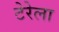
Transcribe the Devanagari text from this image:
टेरेला